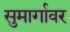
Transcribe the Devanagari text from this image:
सुमार्गावर